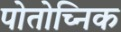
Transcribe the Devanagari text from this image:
पोतोच्निक